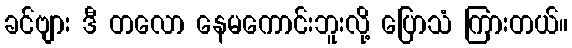
ခင်ဗျား ဒီ တလော နေမကောင်းဘူးလို့ ပြောသံ ကြားတယ်။